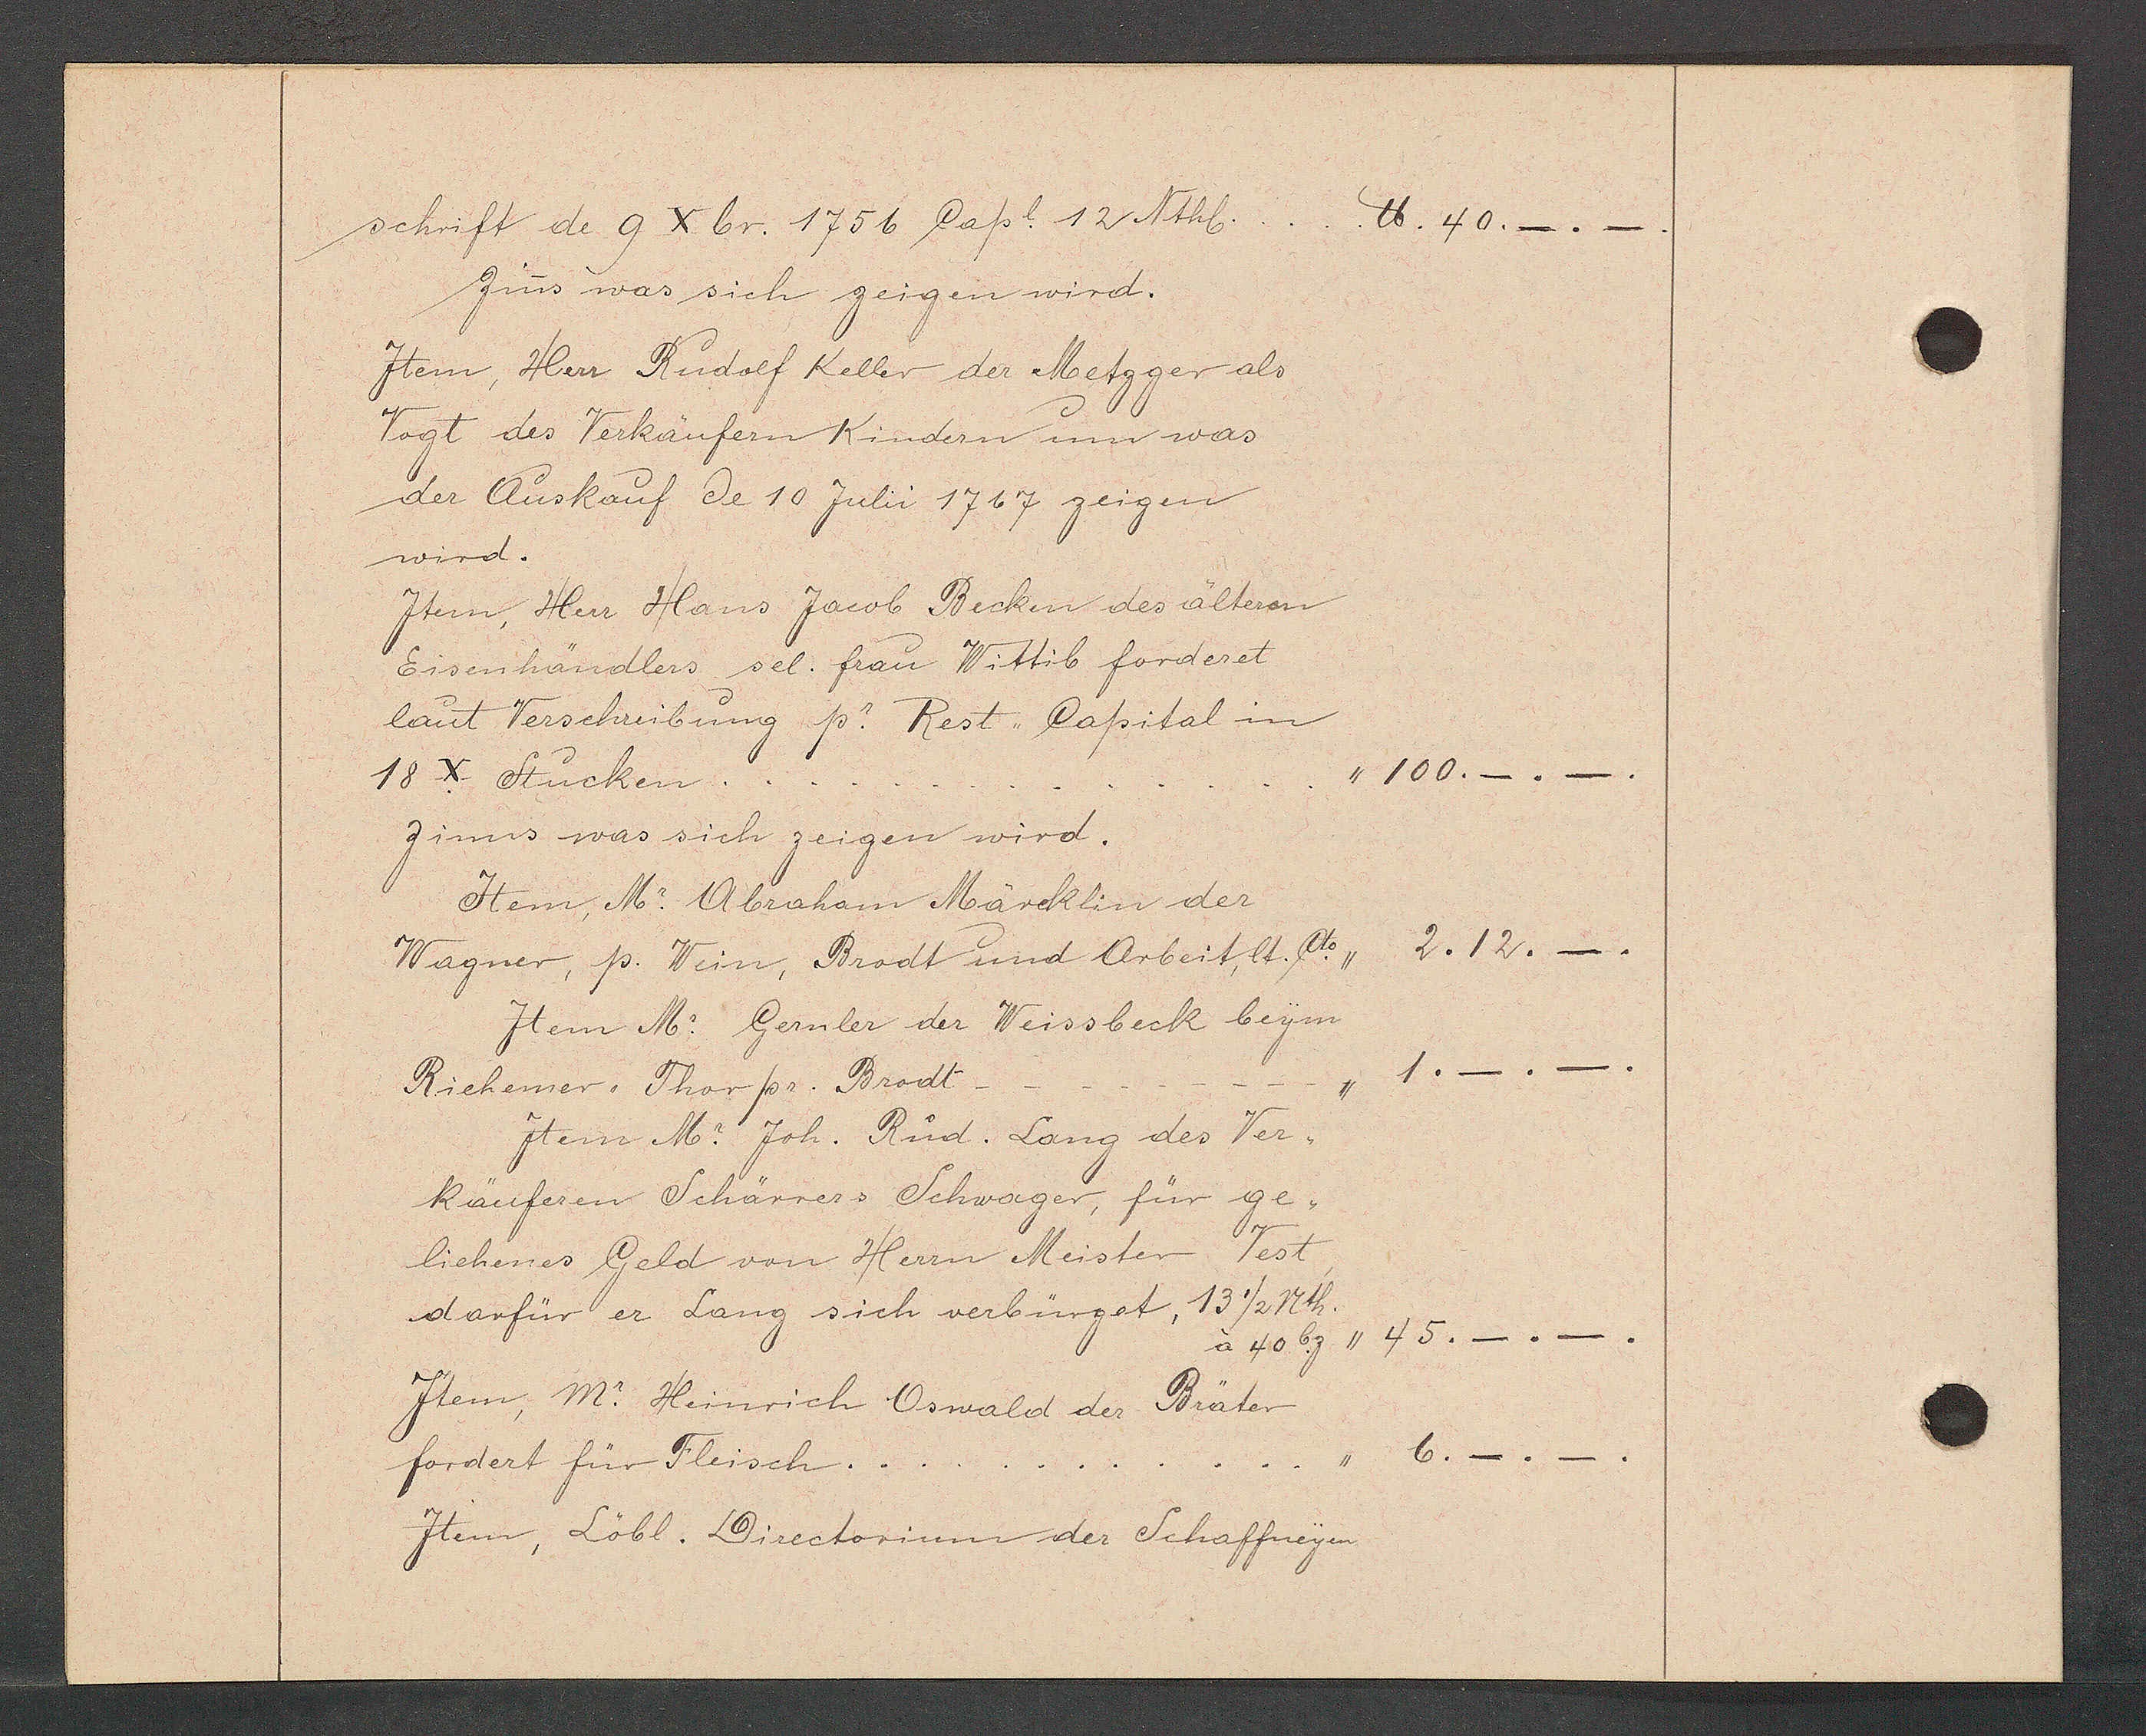
Transcript:
schrift de 9 X br. 1756 Capl. 12 Nthl.
℔. 40._.
Zins was sich zeigen wird.
Item, Herr Rudolf Keller der Metzger als
Vogt des Verkäufern Kindern um was
der Auskauf de 10 Juli 1767 zeigen
wird.
Item, Herr Hans Jacob Becken des älteren
Eisenhändlers sel. frau Wittib forderet
laut Verschreibung p. Rest Capital in
"100._.
18 X Stücken.
zinns was sich zeigen wird.
Item, Mr. Abraham Märcklin der
Wagner, p. Wein, Brodt und Arbeit, lt. cto
2. 12._.
Item Mr. Gernler der Weissbeck beym
1._._
Riehemer Thor pr. Brodt.
Jtem Mr. Joh. Rud. Lang des Ver¬
Käuferen Schärrers Schwoger, für ge¬
liehenes Geld von Herrn Meister Vest
darfür er Lang sich verbürget, 13 1/2 nth.
à 40 bz,, 45._._.
Item, Mr. Heinrich Oswald der Bräter
6._.
fordert für Fleisch.
Item, Löbl. Directorium der Schaffneyen